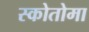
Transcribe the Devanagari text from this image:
स्कोतोमा